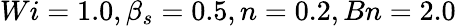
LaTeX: Wi=1.0,\beta_{s}=0.5,n=0.2,Bn=2.0